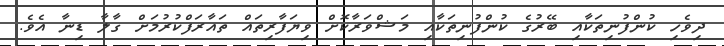
ދިވެހި ކުންފުނިތަކާއި ބޭރުގެ ކުންފުނިތަކާއި މަޝްވަރާކޮށް ވިޔަފާރިތައް ތައާރަފްކުރުމަށް ގާލާ ޑިނާ އެވެ.